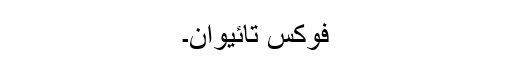
فوکس تائیوان۔